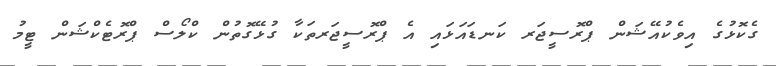
ގެކޮޅުގެ އިވެކުއޭޝަން ޕްރޮސީޖަރ ކަނޑައަޅައި އެ ޕްރޮސީޖަރތަކާ ގުޅޭގޮތުން ކްލޯސް ޕްރޮޓެކްޝަން ޓީމު